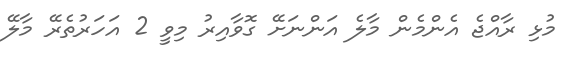
މުޅި ރާއްޖެ އެންމެން މާލެ އަންނަށޭ ގޮވާއިރު މިވީ 2 އަހަރުތެރޭ މާލޭ